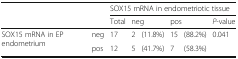
| <ROWSPAN=2-COLSPAN=2>  | <COLSPAN=6> SOX15 mRNA in endometriotic tissue |
 | Total | <COLSPAN=2> neg | <COLSPAN=2> pos | P-value |
 | --- | --- | --- | --- | --- | --- | --- | --- |
 | <ROWSPAN=2> SOX15 mRNA in EP endometrium | neg | 17 | 2 | (11.8%) | 15 | (88.2%) | <ROWSPAN=2> 0.041 |
 | pos | 12 | 5 | (41.7%) | 7 | (58.3%) |